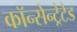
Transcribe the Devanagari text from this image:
कॉन्सेन्ट्रेटेड